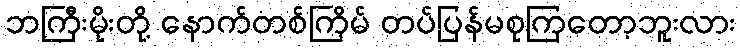
ဘကြီးမိုးတို့ နောက်တစ်ကြိမ် တပ်ပြန်မစုကြတော့ဘူးလား